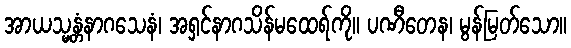
အာယသ္မန္တံနာဂသေနံ၊ အရှင်နာဂသိန်မထေရ်ကို။ ပဏီတေန၊ မွန်မြတ်သော။